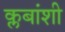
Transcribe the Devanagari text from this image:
क्लबांशी